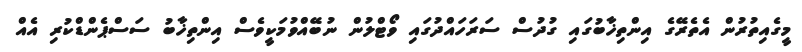
މީގެއިތުރުން އެތެރޭގެ އިންތިޚާބުގައި ގުދުސް ސަރަހައްދުގައި ވޯޓްލުން ނުބޭއްވުމަކީވެސް އިންތިޚާބު ސަސްޕެންޑްކުރި އެއް